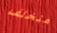
متخلف